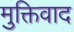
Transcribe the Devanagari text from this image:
मुक्तिवाद